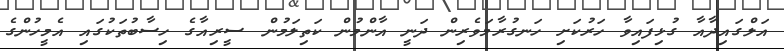
އަލްގައިދާއާ ގުޅިފައިވާ ހަރުކަށި ހަނގުރާމަވެރިން ދަނީ އާންމުން ކަތިލަމުން ސީރިއާގެ ހިސާބުތަކުގައި އެމީހުންގެ